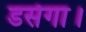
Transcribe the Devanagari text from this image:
डसेगा।